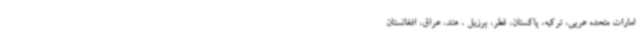
امارات متحده عربی، ترکیه، پاکستان، قطر، برزیل ، هند، عراق، افغانستان